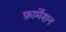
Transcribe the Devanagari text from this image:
फ़ार्मेशन